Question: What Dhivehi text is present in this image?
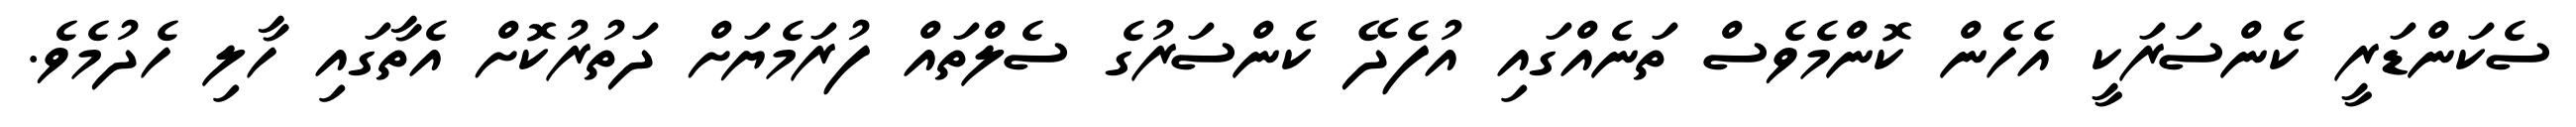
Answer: ސެކަންޑަރީ ކެންސަރަކީ އެހެން ކޮންމެވެސް ތަނެއްގައި އުފެދޭ ކެންސަރުގެ ސެލްތައް ފުރަމެޔަށް ދަތުރުކޮށް އެތާގައި ހާލި ހެދުމެވެ.